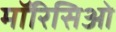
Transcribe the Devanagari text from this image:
मॉरिसिओ